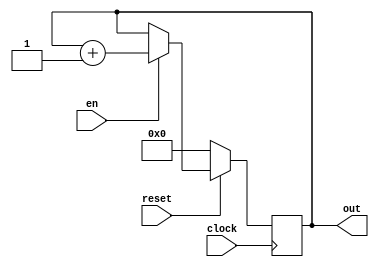
`timescale 1ns / 1ps
//////////////////////////////////////////////////////////////////////////////////
// Company: 
// Engineer: 
// 
// Design Name: 
// Module Name: counter_6b
// Project Name: 
// Target Devices: 
// Tool Versions: 
// Description: 
// 
// Dependencies: 
// 
// Revision:
// Revision 0.01 - File Created
// Additional Comments:
// 
//////////////////////////////////////////////////////////////////////////////////


module counter_6b(
    input clock,
    input en,
    input reset,
    output reg [5:0]out
    );
    
    always @(posedge clock) begin
        if(reset == 0) 
            out<=0;
        else if (en ==1 ) 
            out<= out+1;
    
    end
    
    
endmodule